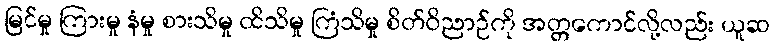
မြင်မှု ကြားမှု နံမှု စားသိမှု ထိသိမှု ကြံသိမှု စိတ်ဝိညာဉ်ကို အတ္တကောင်လို့လည်း ယူဆ